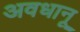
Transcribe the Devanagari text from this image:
अवधानू